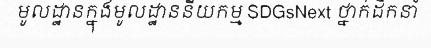
មូលដ្ឋានក្នុងមូលដ្ឋាននីយកម្ម SDGsNext ថ្នាក់ដឹកនាំ